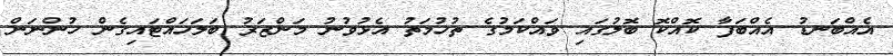
އެއްބަނޑު އެއްބަފާ ކޮއްކޮ ބޮލުގައި ވައްކަމުގެ ތުހުމަތު އެޅުވުނު މަންޒަރު ބަލަހައްޓައިގެން ހުންނަން